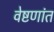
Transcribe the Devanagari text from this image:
वेष्टणांत